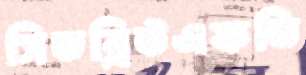
সিডব্লিউএফডি